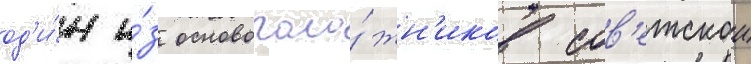
од'и́н и́з основополо́жн'иков сов'етскои